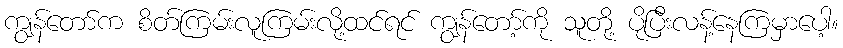
ကျွန်တော်က စိတ်ကြမ်းလူကြမ်းလို့ထင်ရင် ကျွန်တော့်ကို သူတို့ ပိုပြီးလန့်နေကြမှာပေါ့။